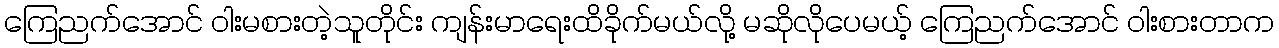
ကြေညက်အောင် ဝါးမစားတဲ့သူတိုင်း ကျန်းမာရေးထိခိုက်မယ်လို့ မဆိုလိုပေမယ့် ကြေညက်အောင် ဝါးစားတာက